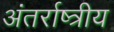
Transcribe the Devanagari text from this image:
अंतर्राष्त्रीय